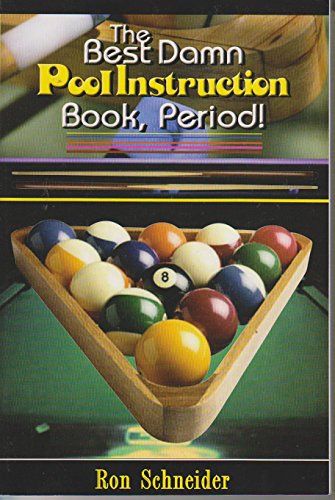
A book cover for The Best Damn Pool Instruction Book Period!; Ron Schneider; Sports & Outdoors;